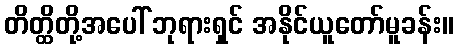
တိတ္ထိတို့အပေါ် ဘုရားရှင် အနိုင်ယူတော်မူခန်း။